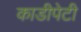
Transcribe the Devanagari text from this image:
काडीपेटी